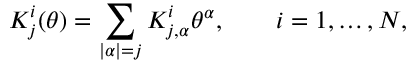
K _ { j } ^ { i } ( \theta ) = \sum _ { | \alpha | = j } K _ { j , \alpha } ^ { i } \theta ^ { \alpha } , \qquad i = 1 , \ldots , N ,